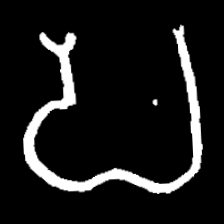
Pyu character \u2014 Myanmar letter: ပ (romanized: pa)